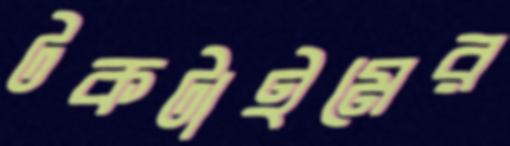
টকটাইমের